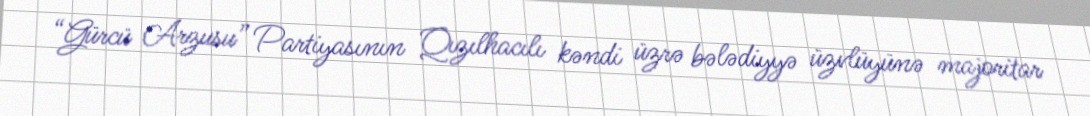
“Gürcü Arzusu” Partiyasının Qızılhacılı kəndi üzrə bələdiyyə üzvlüyünə majoritar